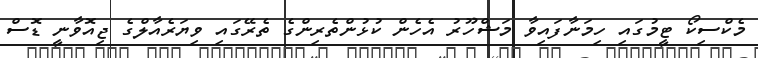
މެކްސިކޯ ޓީމުގައި ހިމަނާފައިވާ މަޝްހޫރު އެހެން ކުޅުންތެރިންގެ ތެރޭގައި ވިޔަރެއާލްގެ ޖިއޮވާނީ ޑޮސް